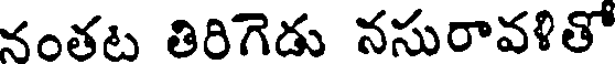
నంతట తిరిగెడు నసురావళితో